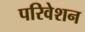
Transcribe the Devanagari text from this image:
परिवेशन